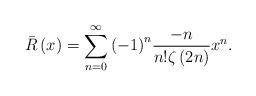
LaTeX: \begin{align*}\bar{R}\left( x \right) = \sum\limits_{n = 0}^\infty {{{\left( { - 1} \right)}^{n }}} \frac{-n}{n!{\zeta \left( {2n} \right)}}{x^n}. \end{align*}